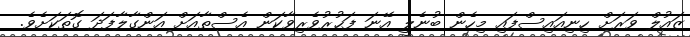
ޒައުލް ވަރަށް ހިނިއައިސްފައި މިހެން ބުނެލީ އޭނަ ފަޙުރުވެރިވާކަން އެސްތާއަށް އަންގާލާފަދަ ގޮތަކަށެވެ.